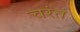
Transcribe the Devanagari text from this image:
चरंतं